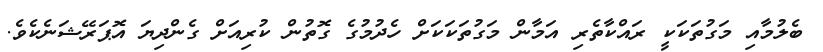
ބެލުމާއި މަގުތަކަކީ ރައްކާތެރި އަމާން މަގުތަކަކަށް ހެދުމުގެ ގޮތުން ކުރިއަށް ގެންދިޔަ އޮޕަރޭޝަނެކެވެ.